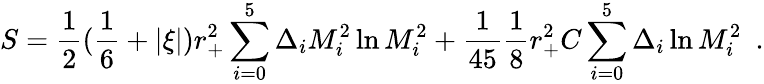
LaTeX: S={\frac{1}{2}}({\frac{1}{6}}+|\xi|)r_{+}^{2}\sum_{i=0}^{5}\Delta_{i}M_{i}^{2}\ln M_{i}^{2}+{\frac{1}{45}}{\frac{1}{8}}r_{+}^{2}C\sum_{i=0}^{5}\Delta_{i}\ln M_{i}^{2}~~.